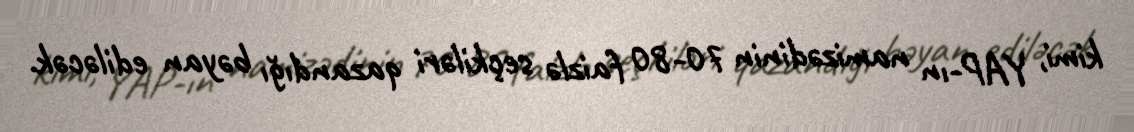
kimi, YAP-ın namizədinin 70-80 faizlə seçkiləri qazandığı bəyan ediləcək.